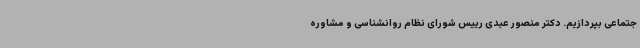
جتماعی بپردازیم. دکتر منصور عبدی رییس شورای نظام روانشناسی و مشاوره